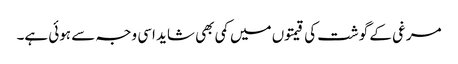
مرغی کے گوشت کی قیمتوں میں کمی بھی شاید اسی وجہ سے ہوئی ہے۔